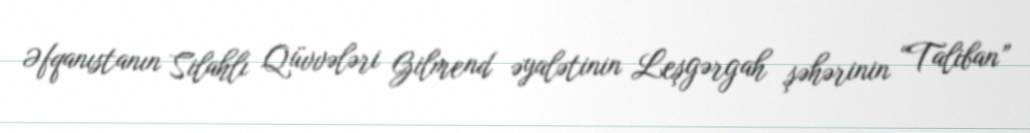
Əfqanıstanın Silahlı Qüvvələri Gilmend əyalətinin Leşgərgah şəhərinin “Taliban”